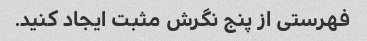
فهرستی از پنج نگرش مثبت ایجاد کنید.